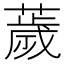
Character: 薉